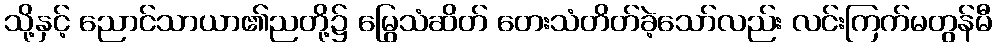
သို့နှင့် ညောင်သာယာ၏ညတို့၌ မြွေသံဆိတ် တေးသံတိတ်ခဲ့သော်လည်း လင်းကြက်မတွန်မီ